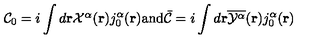
{ \cal C } _ { 0 } = i \int d { \bf { r } } { \textstyle { \cal X } ^ { \alpha } } ( { \bf r } ) j _ { 0 } ^ { \alpha } ( { \bf r } ) \mathrm { a n d } { \bar { \cal C } } = i \int d { \bf { r } } \overline { { { \cal Y } ^ { \alpha } } } ( { \bf r } ) j _ { 0 } ^ { \alpha } ( { \bf r } )